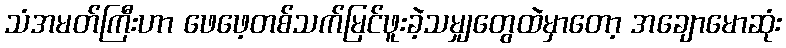
သံအမတ်ကြီးဟာ ဖေဖေ့တစ်သက်မြင်ဖူးခဲ့သမျှတွေထဲမှာတော့ အချောမောဆုံး